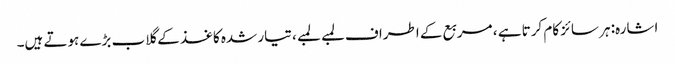
اشارہ: ہر سائز کام کرتا ہے ، مربع کے اطراف لمبے لمبے ، تیار شدہ کاغذ کے گلاب بڑے ہوتے ہیں۔